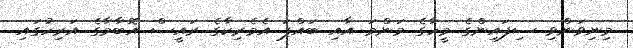
މިނިވަންވި ސިފައިންގެ މީހާގެ މަންމަ އާއި ބައްޕަ އެމެރިކާގެ ރައީސް އޮބާމާގެ އަރިހުގައި